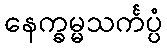
နေက္ခမ္မသင်္ကပ္ပံ